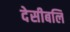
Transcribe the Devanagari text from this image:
देसीबलि